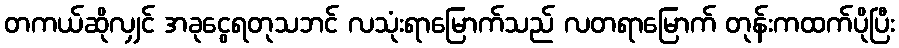
တကယ်ဆိုလျှင် အခုငွေရတုသဘင် လသုံးရာမြောက်သည် လတရာမြောက် တုန်းကထက်ပိုပြီး